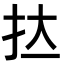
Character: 𭠑